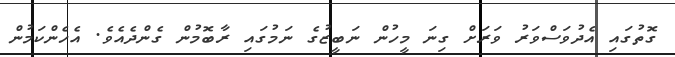
ގޮތުގައި އެދުވަސްވަރު ވަރަށް ގިނަ މީހުން ނަބީޒުގެ ނަމުގައި ރާބޮމުން ގެންދެއެވެ. އެހެންކަމުން